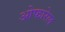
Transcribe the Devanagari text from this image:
ओफारेल